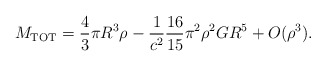
\begin{align*}M_{\rm TOT} = \frac{4}{3} \pi R^3 \rho - \frac{1}{c^2} \frac{16}{15} \pi^2 \rho^2 G R^5 + O(\rho^3) .\end{align*}